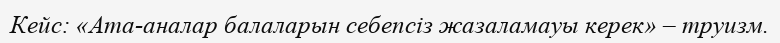
Кейс: «Ата-аналар балаларын себепсіз жазаламауы керек» – труизм.